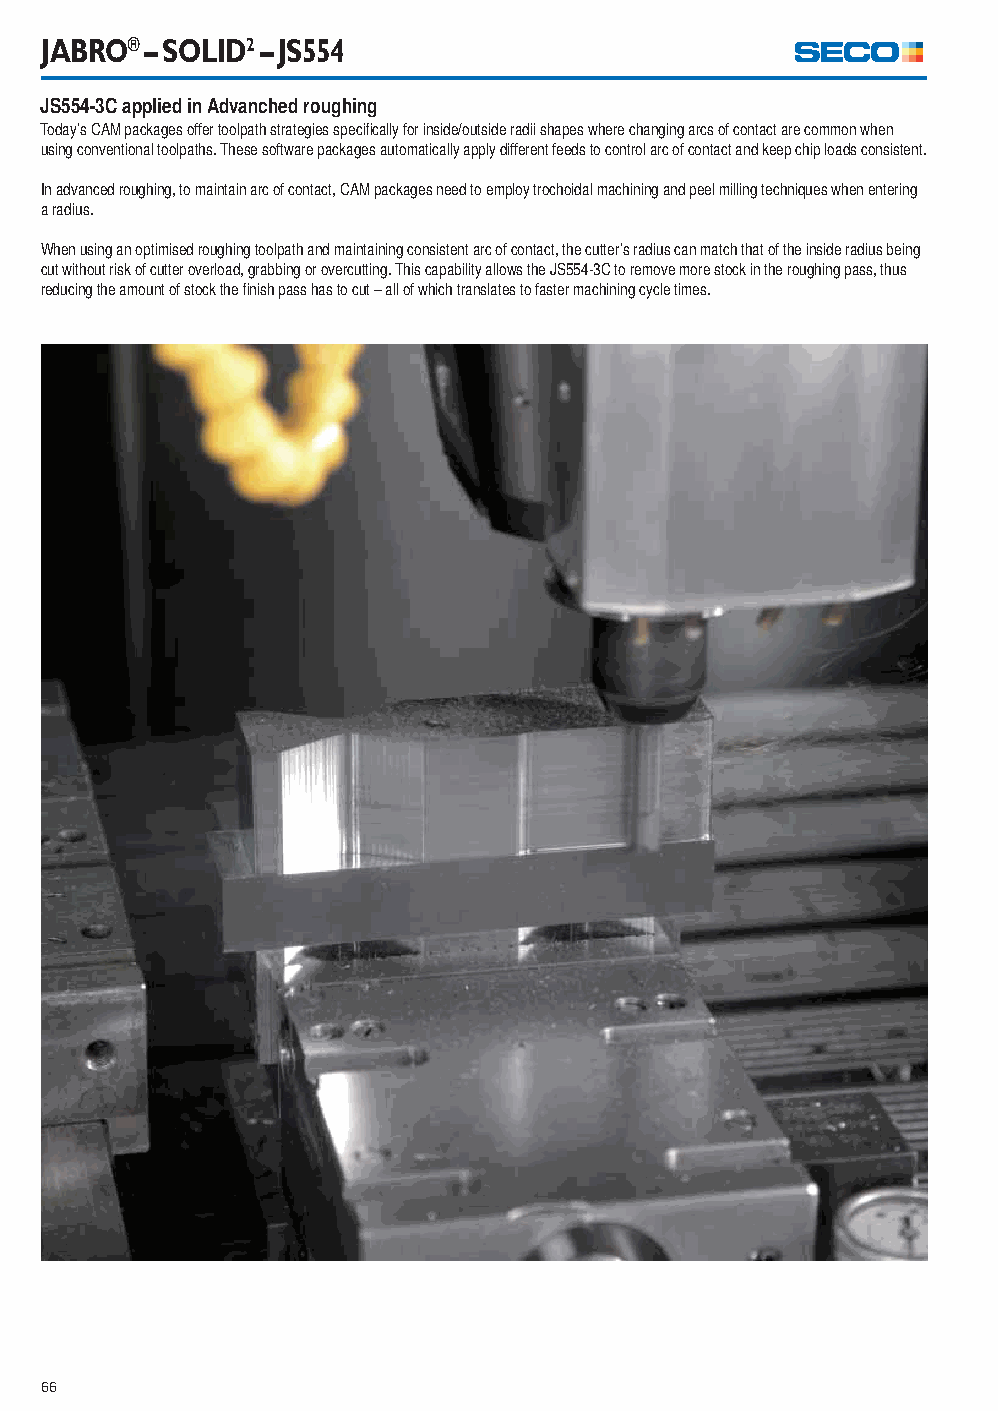
JABRO® – SOLID2 – JS554
 JS554-3C applied in Advanched roughing
 Today’s CAM packages offer toolpath strategies specifi cally for inside/outside radii shapes where changing arcs of contact are common when
 using conventional toolpaths. These software packages automatically apply different feeds to control arc of contact and keep chip loads consistent.
 In advanced roughing, to maintain arc of contact, CAM packages need to employ trochoidal machining and peel milling techniques when entering
 a radius.
 When using an optimised roughing toolpath and maintaining consistent arc of contact, the cutter’s radius can match that of the inside radius being
 cut without risk of cutter overload, grabbing or overcutting. This capability allows the JS554-3C to remove more stock in the roughing pass, thus
 reducing the amount of stock the fi nish pass has to cut – all of which translates to faster machining cycle times.
 66